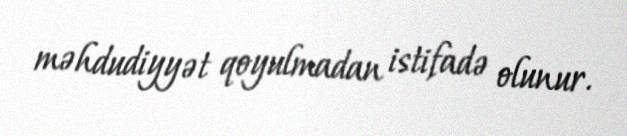
məhdudiyyət qoyulmadan istifadə olunur.